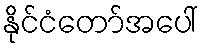
နိုင်ငံတော်အပေါ်